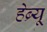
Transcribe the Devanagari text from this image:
हेब्र्यू